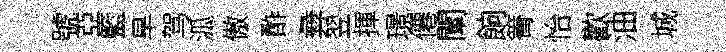
號亞籃旱驾泒傲酢彜翌揮璟僊闡餉箐怡歡油城